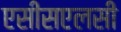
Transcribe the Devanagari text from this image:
एसीसएलसी